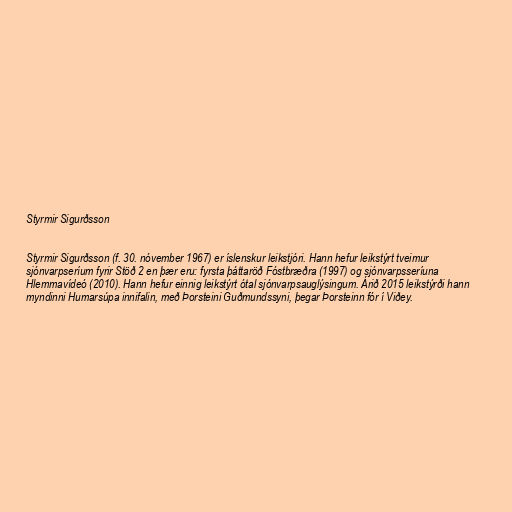
Styrmir Sigurðsson

Styrmir Sigurðsson (f. 30. nóvember 1967) er íslenskur leikstjóri. Hann hefur leikstýrt tveimur
sjónvarpseríum fyrir Stöð 2 en þær eru: fyrsta þáttaröð Fóstbræðra (1997) og sjónvarpsseríuna
Hlemmavídeó (2010). Hann hefur einnig leikstýrt ótal sjónvarpsauglýsingum. Árið 2015 leikstýrði hann
myndinni Humarsúpa innifalin, með Þorsteini Guðmundssyni, þegar Þorsteinn fór í Viðey.